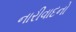
નારીવાદનો